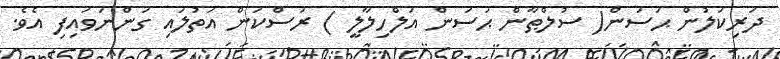
ދަރިކަލުން ޙަސަން( ސުލްޠާން ޙަސަން އަލްހިލާލީ ) ރަސްކަން އަތުލައި ގަންނަވައިފި އެވެ.